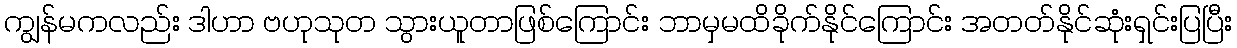
ကျွန်မကလည်း ဒါဟာ ဗဟုသုတ သွားယူတာဖြစ်ကြောင်း ဘာမှမထိခိုက်နိုင်ကြောင်း အတတ်နိုင်ဆုံးရှင်းပြပြီး